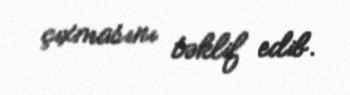
çıxmasını təklif edib.